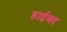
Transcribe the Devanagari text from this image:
हाईअर